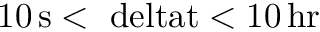
1 0 \, \mathrm { { s } < \ d e l t a t < 1 0 \, \mathrm { { h r } } }